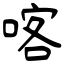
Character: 喀